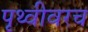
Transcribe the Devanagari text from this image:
पृथ्वीवरच